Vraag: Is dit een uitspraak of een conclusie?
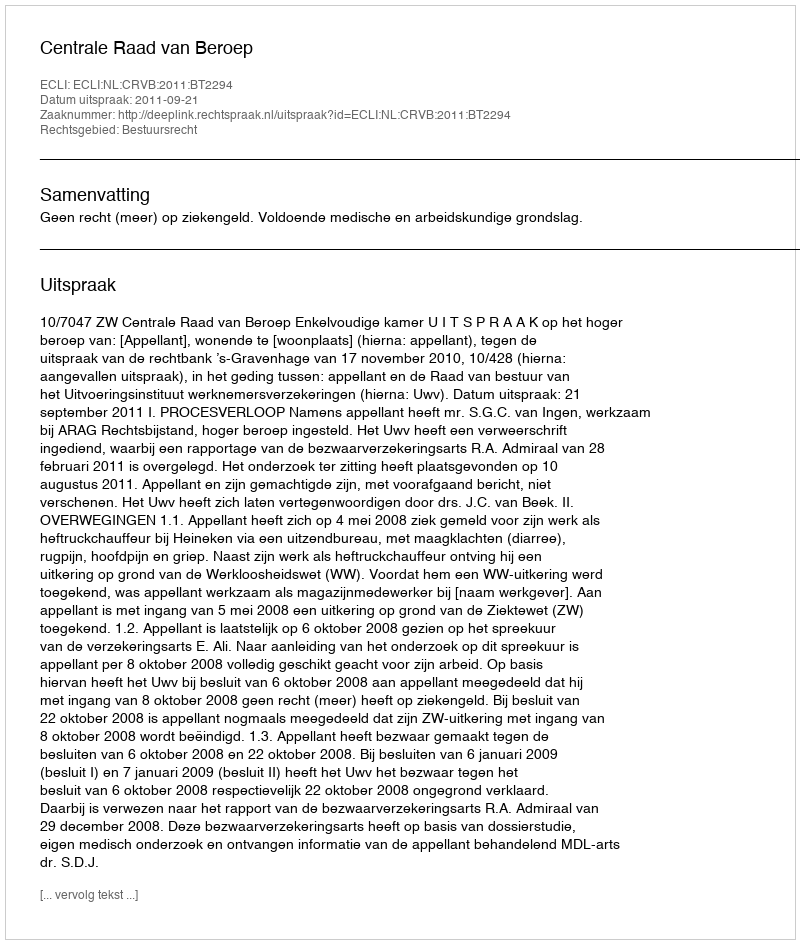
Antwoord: Uitspraak